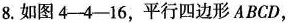
8.如图4-4-16，平行四边形ABCD，